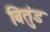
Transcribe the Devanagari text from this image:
बितुंड